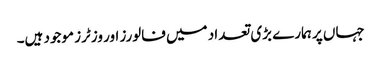
جہاں پر ہمارے بڑی تعداد میں فالورز اور وزٹرز موجود ہیں۔